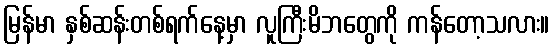
မြန်မာ နှစ်ဆန်းတစ်ရက်နေ့မှာ လူကြီးမိဘတွေကို ကန်တော့သလား။